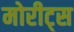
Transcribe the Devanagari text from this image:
मोरीट्स